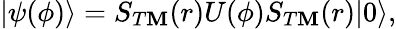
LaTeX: |\psi(\phi)\rangle=S_{T\mathbf{M}}(r)U(\phi)S_{T\mathbf{M}}(r)|0\rangle,